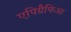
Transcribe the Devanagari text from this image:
एपिग्रैफिआ